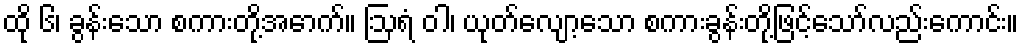
ထို ၆၊ ခွန်းသော စကားတို့အောက်။ ဩရံ ဝါ၊ ယုတ်လျော့သော စကားခွန်းတို့ဖြင့်သော်လည်းကောင်း။